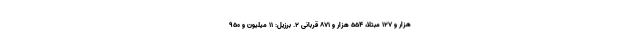
هزار و ۱۲۷ مبتلا، ۵۵۴ هزار و ۸۷۱ قربانی ۲. برزیل: ۱۱ میلیون و ۹۵۰